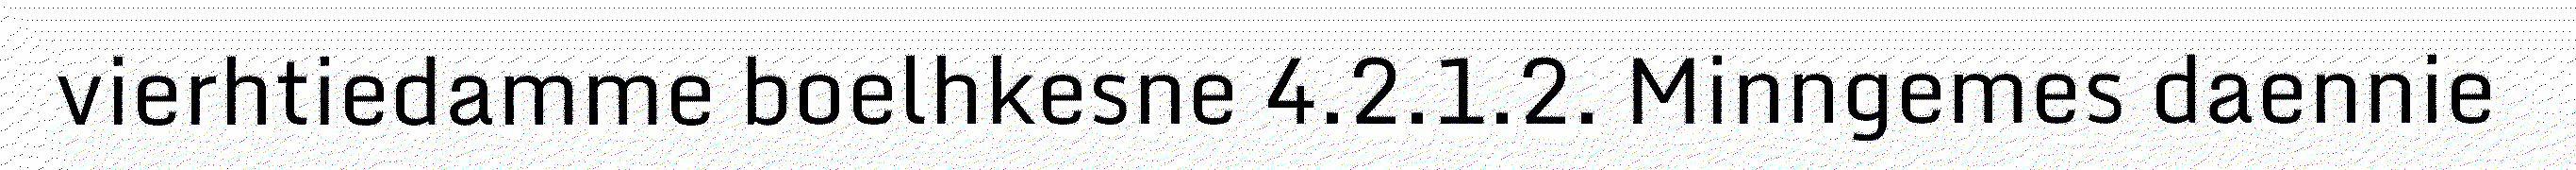
vierhtiedamme boelhkesne 4.2.1.2. Minngemes daennie